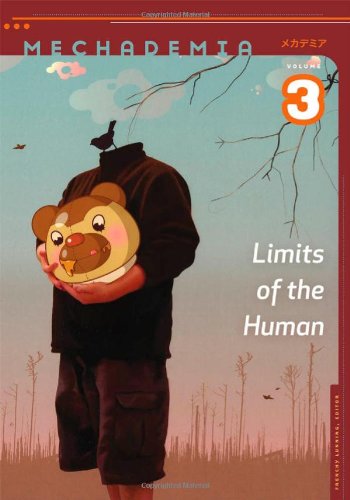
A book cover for Mechademia 3: Limits of the Human; Comics & Graphic Novels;